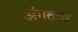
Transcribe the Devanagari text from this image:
अंगतःच